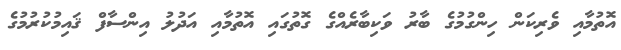
އޮތުމާއި ވެރިކަން ހިންގުމުގެ ބާރު ވަކިބާރެއްގެ ގޮތުގައި އޮތުމާއި އަދުލު އިންސާފް ޤައިމުކުރުމުގެ